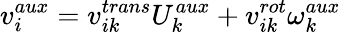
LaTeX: v_{i}^{aux}=v_{ik}^{trans}U_{k}^{aux}+v_{ik}^{rot}\omega_{k}^{aux}